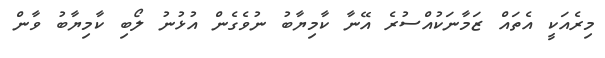
މިރެއަކީ އެތައް ޒަމާނަކުއްސުރެ އޭނާ ކާމިޔާބު ނުވެގެން އުޅުނު ލޯބި ކާމިޔާބު ވާން